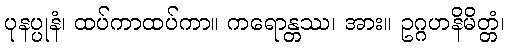
ပုနပ္ပုနံ၊ ထပ်ကာထပ်ကာ။ ကရောန္တဿ၊ အား။ ဥဂ္ဂဟနိမိတ္တံ၊